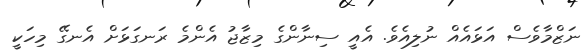
ނަޒްމާވެސް އަޅައެއް ނުލިއެވެ. އެއީ ސިނާންގެ މިޒާޖު އެންމެ ރަނގަޅަށް އެނގޭ މިހަކީ